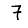
Digit: 7